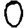
Digit: 0